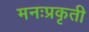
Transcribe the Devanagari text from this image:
मनःप्रकृती